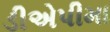
ડીએપીમા